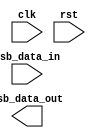
module USB_Controller (
    input wire clk,             // Clock signal
    input wire rst,             // Reset signal
    input wire usb_data_in,     // Input data stream from USB device
    output reg usb_data_out,    // Output data stream to USB device
);

// Timing control and synchronization blocks

// Generating clock signal
reg [3:0] counter;
always @(posedge clk) begin
    if (rst) begin
        counter <= 4'd0;
    end else begin
        counter <= counter + 1;
    end
end

// Synchronizing data streams
always @(posedge clk) begin
    if (rst) begin
        // Reset logic for synchronizing data streams
    end else begin
        // Synchronization logic for data streams
    end
end

// Handling USB protocol timing constraints
always @(posedge clk) begin
    if (rst) begin
        // Reset logic for handling USB protocol timing constraints
    end else begin
        // Logic for handling USB protocol timing constraints
    end
end

// Managing USB bus arbitration
always @(posedge clk) begin
    if (rst) begin
        // Reset logic for managing USB bus arbitration
    end else begin
        // Logic for managing USB bus arbitration
    end
end

// Implementing logic for bus synchronization
always @(posedge clk) begin
    if (rst) begin
        // Reset logic for bus synchronization
    end else begin
        // Logic for bus synchronization
    end
end

// Error detection and correction mechanisms
always @(posedge clk) begin
    if (rst) begin
        // Reset logic for error detection and correction
    end else begin
        // Logic for error detection and correction
    end
end

endmodule